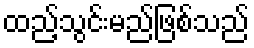
ထည့်သွင်းမည်ဖြစ်သည်